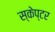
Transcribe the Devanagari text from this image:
स्केप्टर